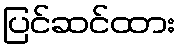
ပြင်ဆင်ထား